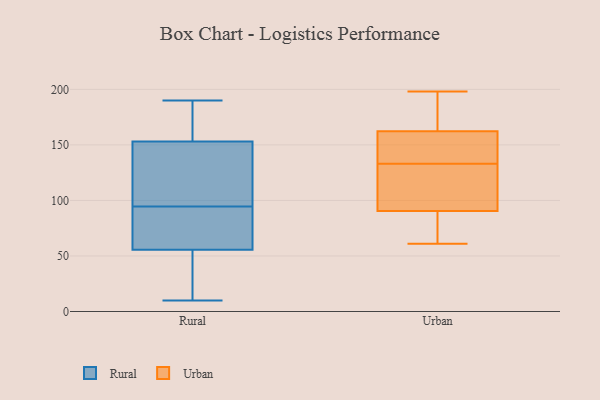
{"axis": {"x": "Humidity (%)", "y": "Value"}, "legend": ["Rural", "Urban"], "data": [{"x": "", "y": 62, "type": "Rural"}, {"x": "", "y": 10, "type": "Rural"}, {"x": "", "y": 98, "type": "Rural"}, {"x": "", "y": 190, "type": "Rural"}, {"x": "", "y": 172, "type": "Rural"}, {"x": "", "y": 69, "type": "Rural"}, {"x": "", "y": 138, "type": "Rural"}, {"x": "", "y": 49, "type": "Rural"}, {"x": "", "y": 95, "type": "Rural"}, {"x": "", "y": 175, "type": "Rural"}, {"x": "", "y": 24, "type": "Rural"}, {"x": "", "y": 168, "type": "Rural"}, {"x": "", "y": 94, "type": "Rural"}, {"x": "", "y": 84, "type": "Rural"}, {"x": "", "y": 114, "type": "Rural"}, {"x": "", "y": 41, "type": "Rural"}, {"x": "", "y": 86, "type": "Urban"}, {"x": "", "y": 189, "type": "Urban"}, {"x": "", "y": 120, "type": "Urban"}, {"x": "", "y": 181, "type": "Urban"}, {"x": "", "y": 164, "type": "Urban"}, {"x": "", "y": 98, "type": "Urban"}, {"x": "", "y": 154, "type": "Urban"}, {"x": "", "y": 82, "type": "Urban"}, {"x": "", "y": 144, "type": "Urban"}, {"x": "", "y": 157, "type": "Urban"}, {"x": "", "y": 133, "type": "Urban"}, {"x": "", "y": 198, "type": "Urban"}, {"x": "", "y": 61, "type": "Urban"}, {"x": "", "y": 104, "type": "Urban"}, {"x": "", "y": 88, "type": "Urban"}]}